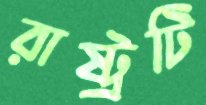
রাষ্ট্রটি